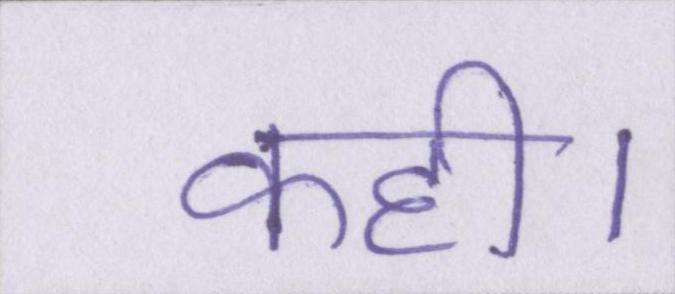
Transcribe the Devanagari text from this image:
कही।